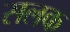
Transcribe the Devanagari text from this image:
सलक